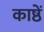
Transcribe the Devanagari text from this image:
काष्ठें